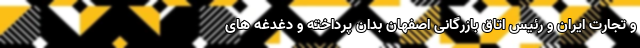
و تجارت ایران و رئیس اتاق بازرگانی اصفهان بدان پرداخته و دغدغه های